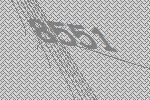
8551